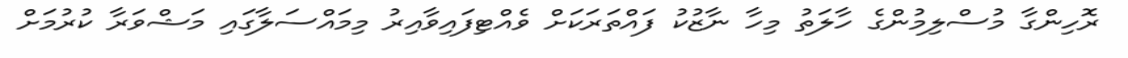
ރޮހިންގާ މުސްލިމުންގެ ހާލަތު މިހާ ނާޒުކު ފައްތަރަކަށް ވެއްޓިފައިވާއިރު މިމައްސަލާގައި މަޝްވަރާ ކުރުމަށް